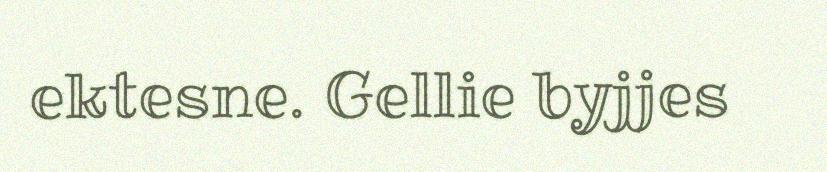
ektesne. Gellie byjjes